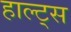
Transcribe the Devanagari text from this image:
हाल्ट्स